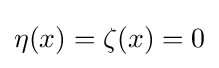
\eta (x)=\zeta (x)=0